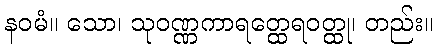
နဝမံ။ သော၊ သုဝဏ္ဏကာရတ္ထေရဝတ္ထု၊ တည်း။